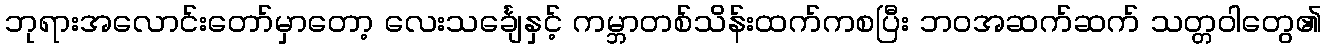
ဘုရားအလောင်းတော်မှာတော့ လေးသင်္ချေနှင့် ကမ္ဘာတစ်သိန်းထက်ကစပြီး ဘဝအဆက်ဆက် သတ္တဝါတွေ၏